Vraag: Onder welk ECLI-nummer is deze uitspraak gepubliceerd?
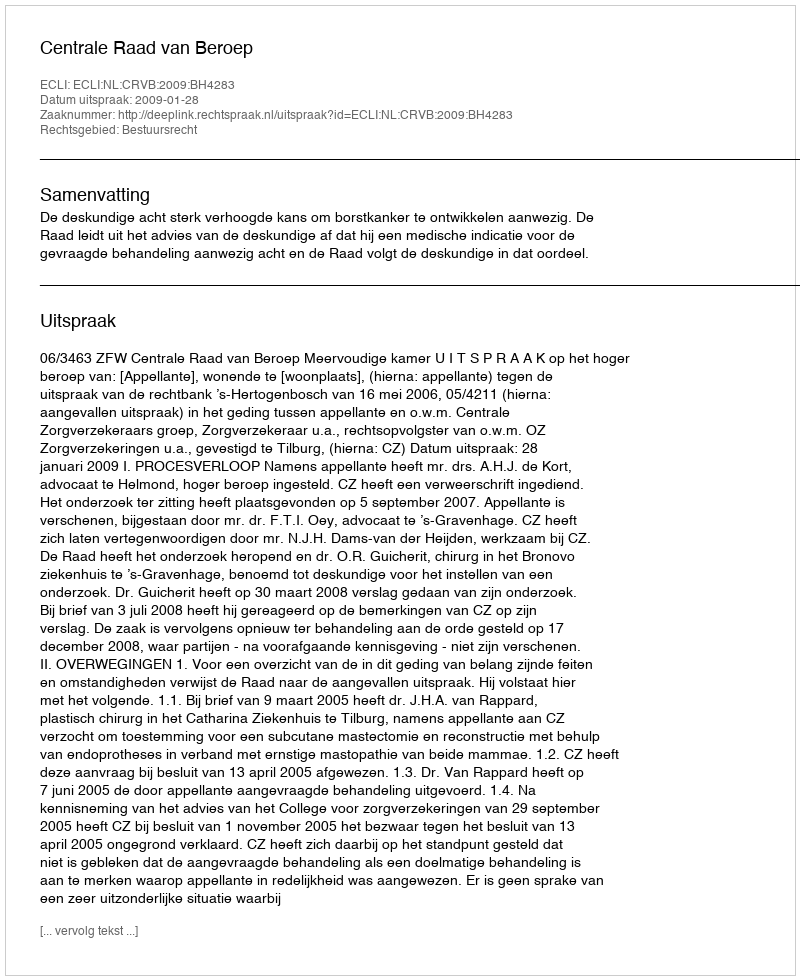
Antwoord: ECLI:NL:CRVB:2009:BH4283